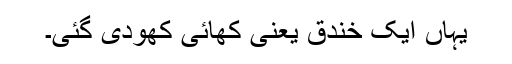
یہاں ایک خندق یعنی کھائی کھودی گئی۔